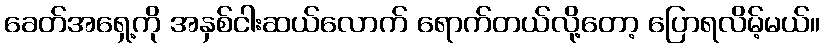
ခေတ်အရှေ့ကို အနှစ်ငါးဆယ်လောက် ရောက်တယ်လို့တော့ ပြောရလိမ့်မယ်။